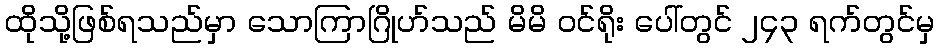
ထိုသို့ဖြစ်ရသည်မှာ သောကြာဂြိုဟ်သည် မိမိ ဝင်ရိုး ပေါ်တွင် ၂၄၃ ရက်တွင်မှ